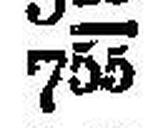
755